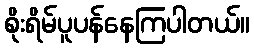
စိုးရိမ်ပူပန်နေကြပါတယ်။